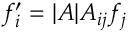
f _ { i } ^ { \prime } = | { \cal { A } } | { \cal { A } } _ { i j } f _ { j }